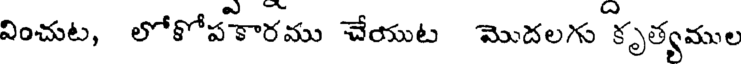
వించుట, లోకోపకారము చేయుట మొదలగు కృత్యముల